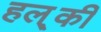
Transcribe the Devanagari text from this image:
हल््की